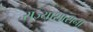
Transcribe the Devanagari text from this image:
राज्याशासना